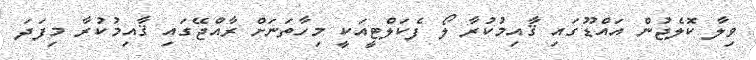
ވިލާ ކޮލެޖުން އައްޑޫގައި ޤާއިމުކުރާ ލޯ ފެކަލްޓީއަކީ މިހާތަނަށް ރާއްޖޭގައި ޤާއިމުކުރާ މިފަދަ